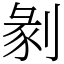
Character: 剶